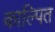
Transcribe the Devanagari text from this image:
काल्पित